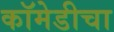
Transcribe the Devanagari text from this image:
कॉमेडीचा